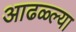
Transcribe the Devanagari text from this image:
आढळ्ल्या